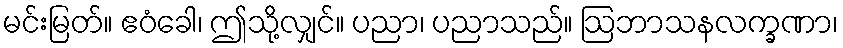
မင်းမြတ်။ ဧဝံခေါ၊ ဤသို့လျှင်။ ပညာ၊ ပညာသည်။ ဩဘာသနလက္ခဏာ၊